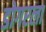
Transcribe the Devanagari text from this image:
डोगरला